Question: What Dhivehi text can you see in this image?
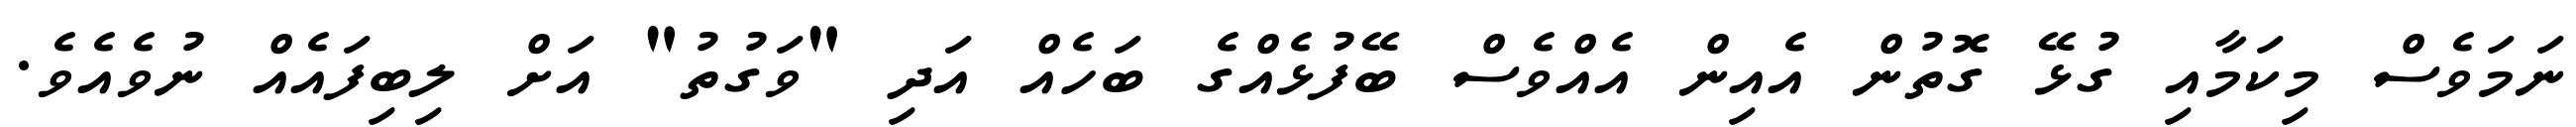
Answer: ނަމަވެސް މިކަމާއި ގުޅޭ ގޮތުން އެއިން އެއްވެސް ބޭފުޅެއްގެ ބަހެއް އަދި "ވަގުތު" އަށް ލިބިފައެއް ނުވެއެވެ.